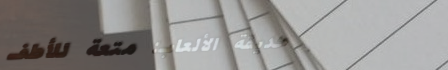
حديقة الألعاب: متعة للأطف